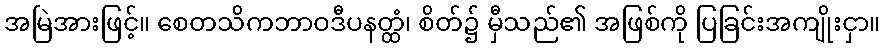
အမြဲအားဖြင့်။ စေတသိကဘာဝဒီပနတ္ထံ၊ စိတ်၌ မှီသည်၏ အဖြစ်ကို ပြခြင်းအကျိုးငှာ။